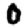
Digit: 0